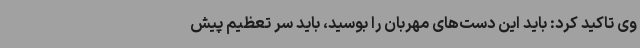
وی تاکید کرد: باید این دست‌های مهربان را بوسید، باید سر تعظیم پیش